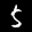
Label: 5